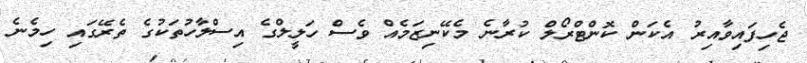
ޖެހިފައިވާއިރު އެކަން ކޮންޓްރޯލް ކުރާނެ މެކޭނިޒަމެއް ވެސް ހަލީލްގެ އިސްލާހުތަކުގެ ތެރޭގައި ހިމެނެ